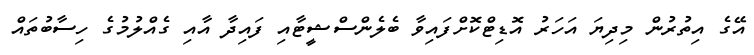
އޭގެ އިތުރުން މިދިޔަ އަހަރު އޮޑިޓްކޮށްފައިވާ ބެލެންސްޝީޓާއި ފައިދާ އާއި ގެއްލުމުގެ ހިސާބުތައް